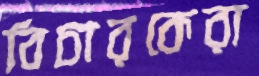
বিচারকেরা